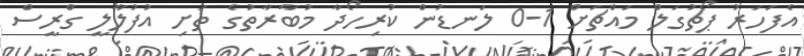
އެފަހަރު ޕޯޗުގަލް މައްޗަށް 1-0 ލަނޑުން ކުރިހޯދާ މުބާރާތުގެ ތަށި އުފުލާލީ ގްރީސް